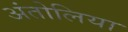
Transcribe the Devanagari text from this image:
अंतोलिया